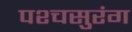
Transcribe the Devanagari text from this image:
पश्चसुरंग